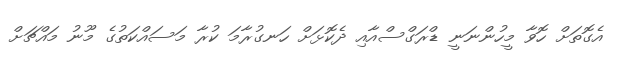
އެގޮތަށް ހޮވާ މީހުންނަނީ ޑްރަގްސްއާއި ދެކޮޅަށް ހަނގުރާމަ ކުރާ މަސައްކަތުގެ މޫނު މައްޗަށް